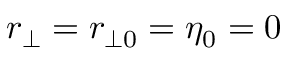
r _ { \bot } = r _ { \bot 0 } = \eta _ { 0 } = 0